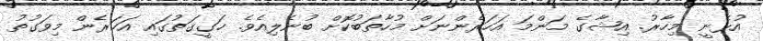
އުޅެނީ މިހާރު. އިޝާގެ މަންމަ އަހަރެންނަށް މުހާތަބުކޮށް ބުނެލިއެވެ. ހަގީގަތުގައި އަހަރެން މިވަގުތު